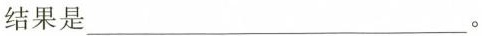
结果是___。